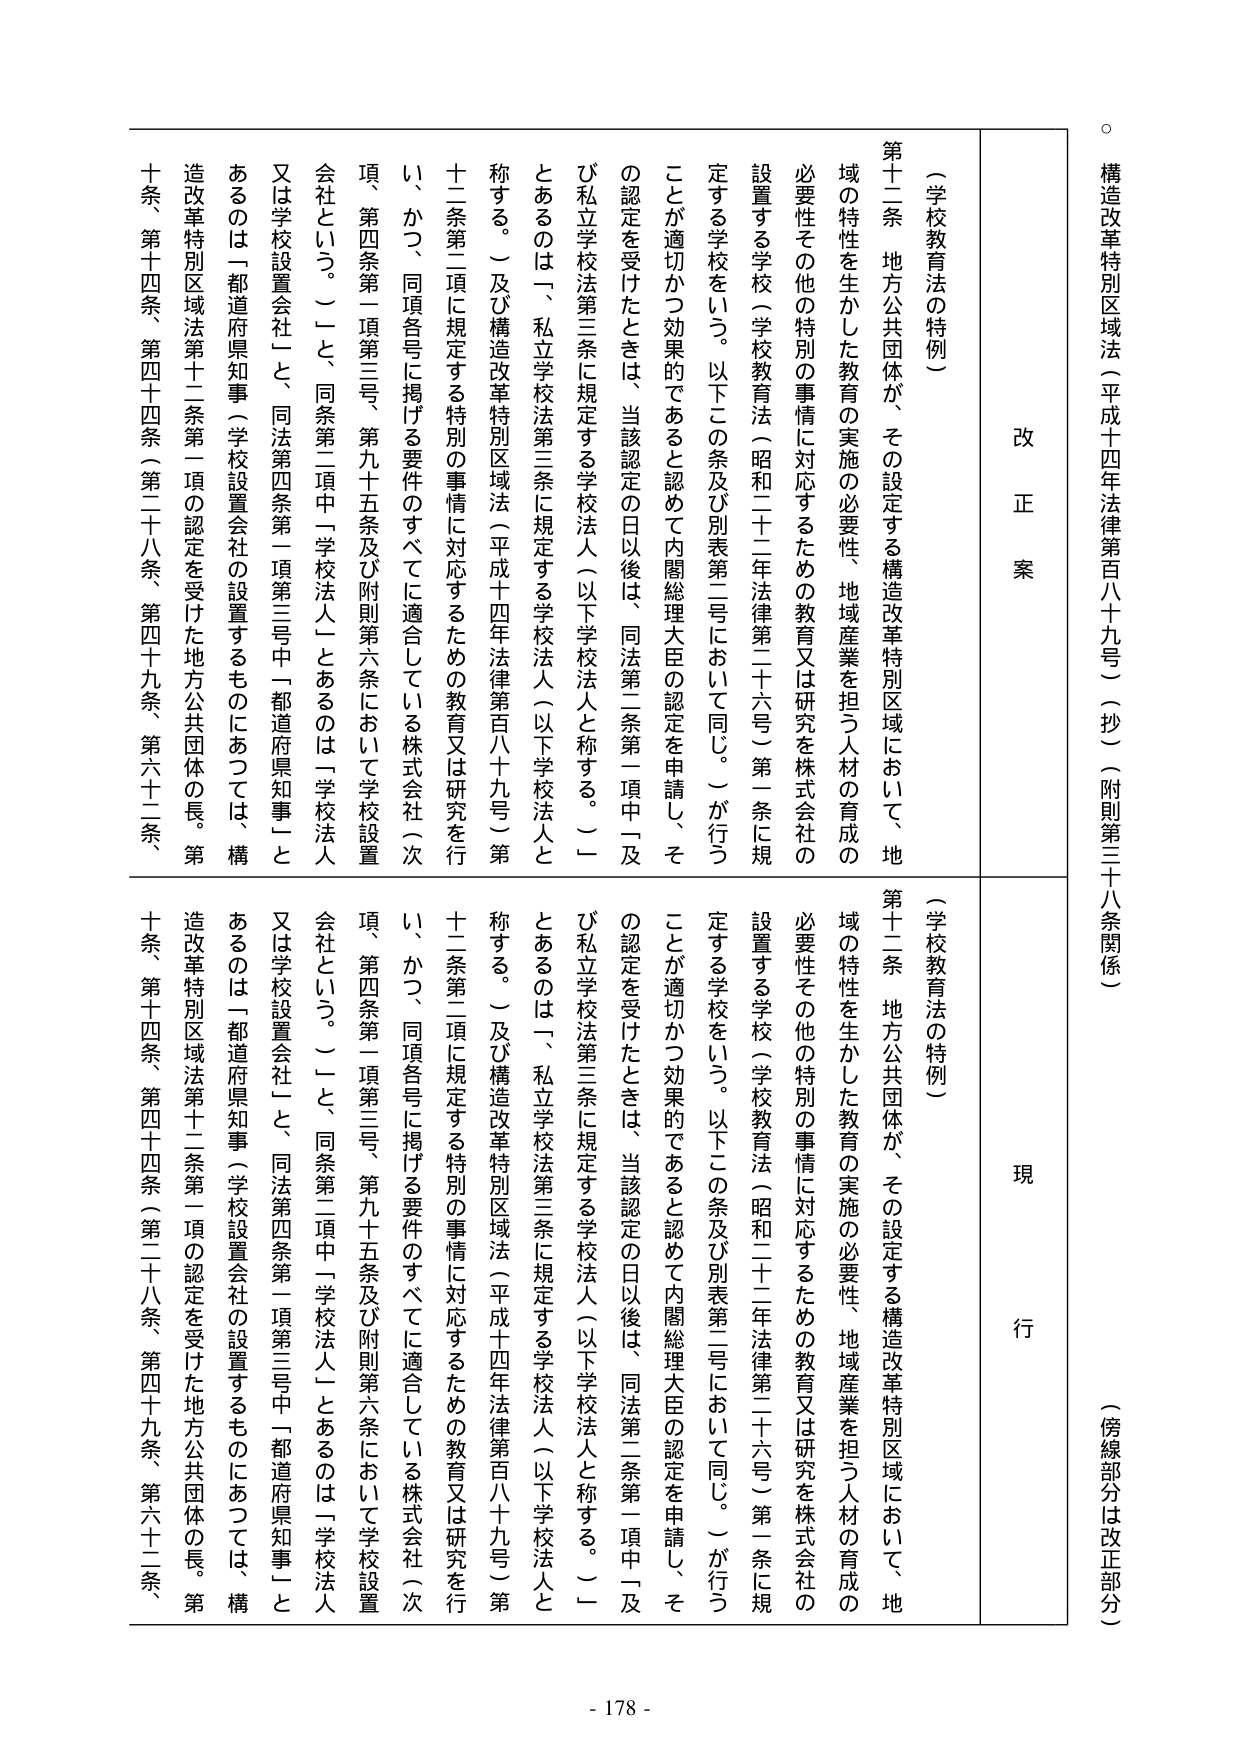
構造改革特別区域法（平成十四年法律第百八十九号）（抄）（附則第三十八条関係）

（傍線部分は改正部分）

改正案

（学校教育法の特例）

第十二条 地方公共団体が、その設定する構造改革特別区域において、地域の特性を生かした教育の実施の必要性、地域産業を担う人材の育成の必要性その他の特別の事情に対応するための教育又は研究を株式会社の設置する学校（学校教育法（昭和二十二年法律第二十六号）第一条に規定する学校をいう。以下この条及び別表第三号において同じ。）が行うことが適切かつ効果的であると認めて内閣総理大臣の認定を申請し、その認定を受けたときは、当該認定の日以後は、同法第二条第一項中「及び私立学校法第三条に規定する学校法人（以下学校法人と称する。）」とあるのは、「私立学校法第三条に規定する学校法人（以下学校法人と称する。）及び構造改革特別区域法（平成十四年法律第百八十九号）第十二条第二項に規定する特別の事情に対応するための教育又は研究を行い、かつ、同項各号に掲げる要件のすべてに適合している株式会社（次項、第四条第一項第三号、第九十五条及び附則第六条において学校設置会社という。）」と、同条第二項中「学校法人」とあるのは「学校法人又は学校設置会社」と、同法第四条第一項第三号中「都道府県知事」とあるのは「都道府県知事（学校設置会社の設置するものにあつては、構造改革特別区域法第十二条第一項の認定を受けた地方公共団体の長。第十条、第十四条、第四十四条（第二十八条、第四十九条、第六十二条、現行

（学校教育法の特例）

第十二条 地方公共団体が、その設定する構造改革特別区域において、地域の特性を生かした教育の実施の必要性、地域産業を担う人材の育成の必要性その他の特別の事情に対応するための教育又は研究を株式会社の設置する学校（学校教育法（昭和二十二年法律第二十六号）第一条に規定する学校をいう。以下この条及び別表第三号において同じ。）が行うことが適切かつ効果的であると認めて内閣総理大臣の認定を申請し、その認定を受けたときは、当該認定の日以後は、同法第二条第一項中「及び私立学校法第三条に規定する学校法人（以下学校法人と称する。）」とあるのは、「私立学校法第三条に規定する学校法人（以下学校法人と称する。）及び構造改革特別区域法（平成十四年法律第百八十九号）第十二条第二項に規定する特別の事情に対応するための教育又は研究を行い、かつ、同項各号に掲げる要件のすべてに適合している株式会社（次項、第四条第一項第三号、第九十五条及び附則第六条において学校設置会社という。）」と、同条第二項中「学校法人」とあるのは「学校法人又は学校設置会社」と、同法第四条第一項第三号中「都道府県知事」とあるのは「都道府県知事（学校設置会社の設置するものにあつては、構造改革特別区域法第十二条第一項の認定を受けた地方公共団体の長。第十条、第十四条、第四十四条（第二十八条、第四十九条、第六十二条、

- 178 -